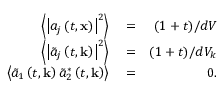
\begin{array} { r l r } { \left\langle \left| a _ { j } \left( t , \mathbf { x } \right) \right| ^ { 2 } \right\rangle } & { { } = } & { ( 1 + t ) / d V } \\ { \left\langle \left| \tilde { a } _ { j } \left( t , \mathbf { k } \right) \right| ^ { 2 } \right\rangle } & { { } = } & { ( 1 + t ) / d V _ { k } } \\ { \left\langle \tilde { a } _ { 1 } \left( t , \mathbf { k } \right) \tilde { a } _ { 2 } ^ { * } \left( t , \mathbf { k } \right) \right\rangle } & { { } = } & { 0 . } \end{array}